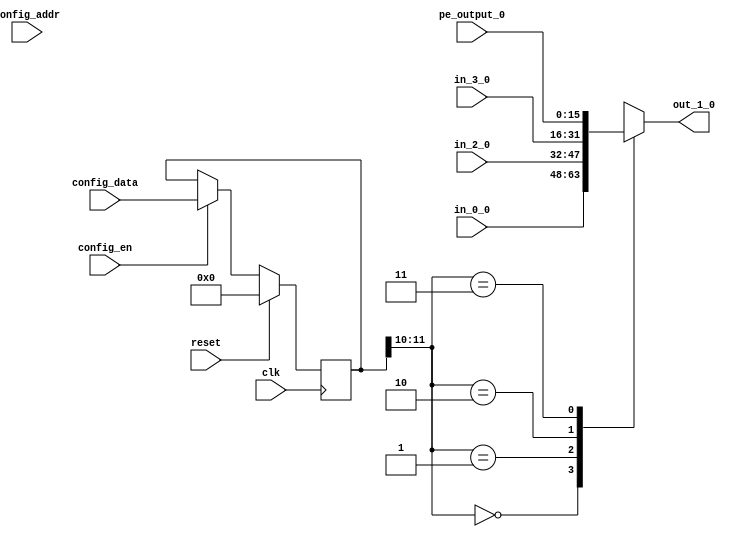

module sb_unq1 (
clk, reset,
pe_output_0,

in_0_0,

out_1_0,

in_2_0,

in_3_0,

config_addr,
config_data,
config_en
);

  input  clk;
  input  reset;
  input  config_en;
  input [31:0] config_data;

  input [31:0] config_addr;

  input [15:0] pe_output_0;
  
  input [15:0] in_0_0;

  output [15:0] out_1_0;

  input [15:0] in_2_0;

  input [15:0] in_3_0;

  reg [31:0] config_sb;
  
  always @(posedge clk) begin
    if (reset==1'b1) begin

      config_sb <= 64'd0;

    end else begin
      if (config_en==1'b1) begin

           config_sb[31:0] <= config_data;

      end
    end
  end

  reg [15:0] out_1_0_i;

  always @(*) begin
    case (config_sb[11:10])
        2'd0: out_1_0_i = in_0_0;
        2'd1: out_1_0_i = in_2_0;
        2'd2: out_1_0_i = in_3_0;
        2'd3: out_1_0_i = pe_output_0;

    endcase
  end
  assign out_1_0 = out_1_0_i; 

endmodule